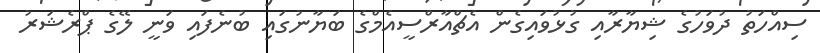
ސިއްހަތު ދުވަހުގެ ޝިޔާރާއި ގުޅުވައިގެން އެޗްއާރްސީއެމްގެ ބަޔާނުގައި ބުނެފައި ވަނީ ލޭގެ ޕްރެޝަރު